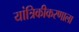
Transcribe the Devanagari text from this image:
यांत्रिकीकरणाला